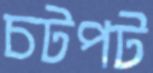
চটপট